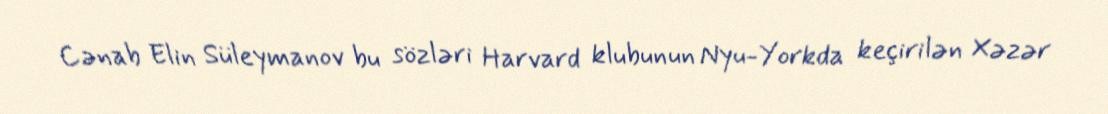
Cənab Elin Süleymanov bu sözləri Harvard klubunun Nyu-Yorkda keçirilən Xəzər